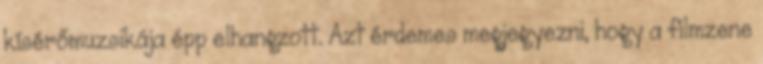
kísérőmuzsikája épp elhangzott. Azt érdemes megjegyezni, hogy a filmzene